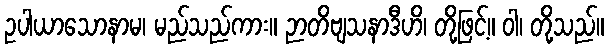
ဥပါယာသောနာမ၊ မည်သည်ကား။ ဉာတိဗျသနာဒီဟိ၊ တို့ဖြင့်။ ဝါ၊ တို့သည်။